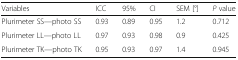
<table><thead><tr><td><b>Variables</b></td><td><b>ICC</b></td><td><b>95%</b></td><td><b>CI</b></td><td><b>SEM [°]</b></td><td><b><i>P</i> value</b></td></tr></thead><tbody><tr><td>Plurimeter SS—photo SS</td><td>0.93</td><td>0.89</td><td>0.95</td><td>1.2</td><td>0.712</td></tr><tr><td>Plurimeter LL—photo LL</td><td>0.97</td><td>0.93</td><td>0.98</td><td>0.9</td><td>0.425</td></tr><tr><td>Plurimeter TK—photo TK</td><td>0.95</td><td>0.93</td><td>0.97</td><td>1.4</td><td>0.945</td></tr></tbody></table>